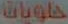
حلويات